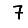
Digit: 7